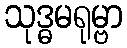
သုဒ္ဓမရုမ္ဗာ